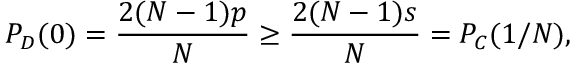
P _ { D } ( 0 ) = \frac { 2 ( N - 1 ) p } { N } \geq \frac { 2 ( N - 1 ) s } { N } = P _ { C } ( 1 / N ) ,